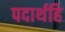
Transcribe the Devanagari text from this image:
पदार्थहि